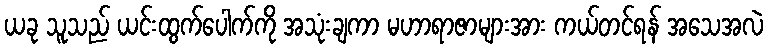
ယခု သူသည် ယင်းထွက်ပေါက်ကို အသုံးချကာ မဟာရာဇာများအား ကယ်တင်ရန် အသေအလဲ